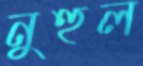
নুহুল